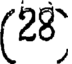
(28